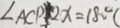
\angle A C P 2 x = 1 8 0 ^ { \circ }